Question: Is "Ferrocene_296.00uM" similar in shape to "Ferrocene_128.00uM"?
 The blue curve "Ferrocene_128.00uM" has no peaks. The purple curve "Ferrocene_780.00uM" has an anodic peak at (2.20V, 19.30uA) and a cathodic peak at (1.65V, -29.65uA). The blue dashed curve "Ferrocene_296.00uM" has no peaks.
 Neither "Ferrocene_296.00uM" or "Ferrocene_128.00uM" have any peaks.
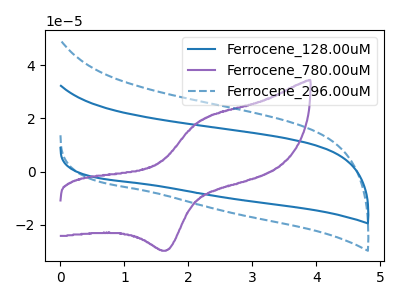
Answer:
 <answer>"Ferrocene_296.00uM" and "Ferrocene_128.00uM" are similar in shape.</answer>
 <eval>same_shape</eval>